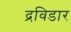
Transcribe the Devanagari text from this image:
द्रविडार